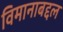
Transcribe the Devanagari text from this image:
विमानाबद्दल